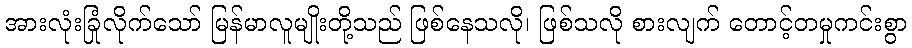
အားလုံးခြုံလိုက်သော် မြန်မာလူမျိုးတို့သည် ဖြစ်နေသလို၊ ဖြစ်သလို စားလျက် တောင့်တမှုကင်းစွာ